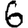
Digit: 6